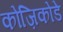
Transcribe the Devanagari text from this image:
कोज़िकोडे